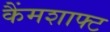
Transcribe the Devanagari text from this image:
कैंमशाफ्ट